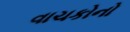
વાચકોનો